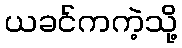
ယခင်ကကဲ့သို့